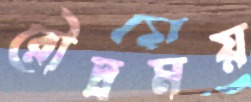
রৌদ্রময়